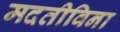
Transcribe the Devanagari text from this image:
मदतीविना